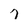
Character: 7